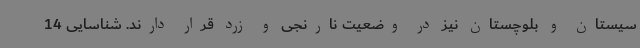
سیستان و بلوچستان نیز در وضعیت نارنجی و زرد قرار دارند. شناسایی 14